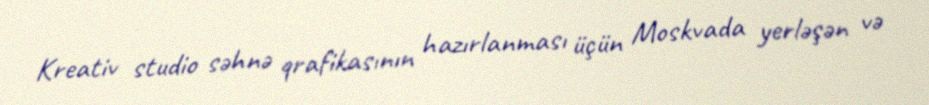
Kreativ studio səhnə qrafikasının hazırlanması üçün Moskvada yerləşən və